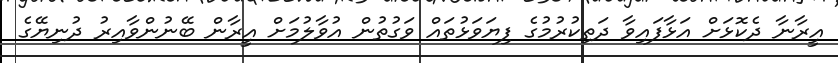
އީރާނާ ދެކޮޅަށް އަޅާފައިވާ ދަތިކުރުމުގެ ފިޔަވަޅުތައް ވަގުތުން އުވާލުމަށް އީރާން ބޭނުންވާއިރު ދުނިޔޭގެ